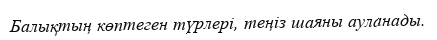
Балықтың көптеген түрлері, теңіз шаяны ауланады.